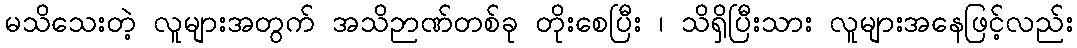
မသိသေးတဲ့ လူများအတွက် အသိဉာဏ်တစ်ခု တိုးစေပြီး ၊ သိရှိပြီးသား လူများအနေဖြင့်လည်း